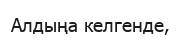
Алдыңа келгенде,